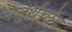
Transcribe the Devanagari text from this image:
चतुर्थच्छेद